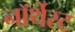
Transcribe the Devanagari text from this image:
नॉर्थेस्ट